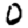
Digit: 0